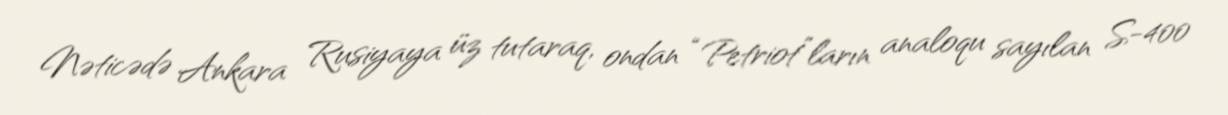
Nəticədə Ankara Rusiyaya üz tutaraq, ondan “Petriot”ların analoqu sayılan S-400